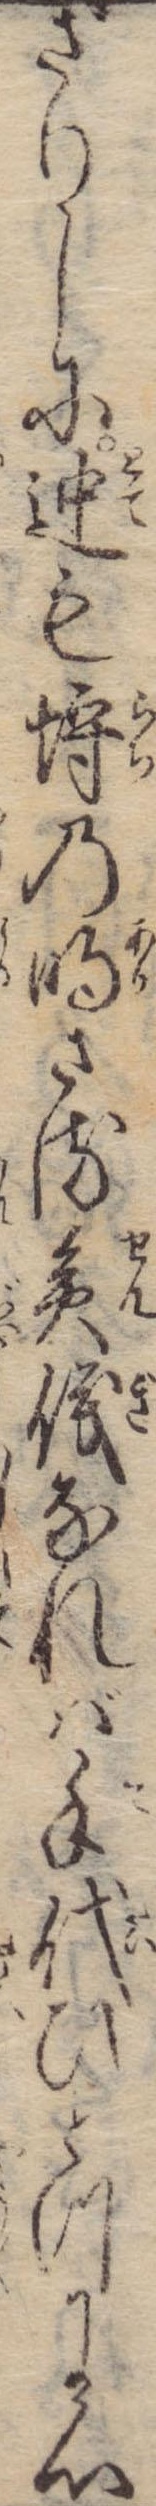
ざりしに迚も埒の明さる僉儀なれば手代ひとつに心